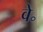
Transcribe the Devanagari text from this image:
वे॰